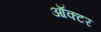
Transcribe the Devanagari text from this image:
ऑक्टर